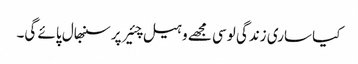
کیا ساری زندگی لوسی مجھے وہیل چئیر پر سنبھال پائے گی۔